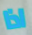
اذا